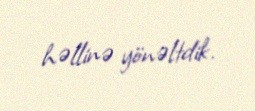
həllinə yönəltdik.